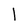
Character: l